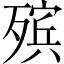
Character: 殡